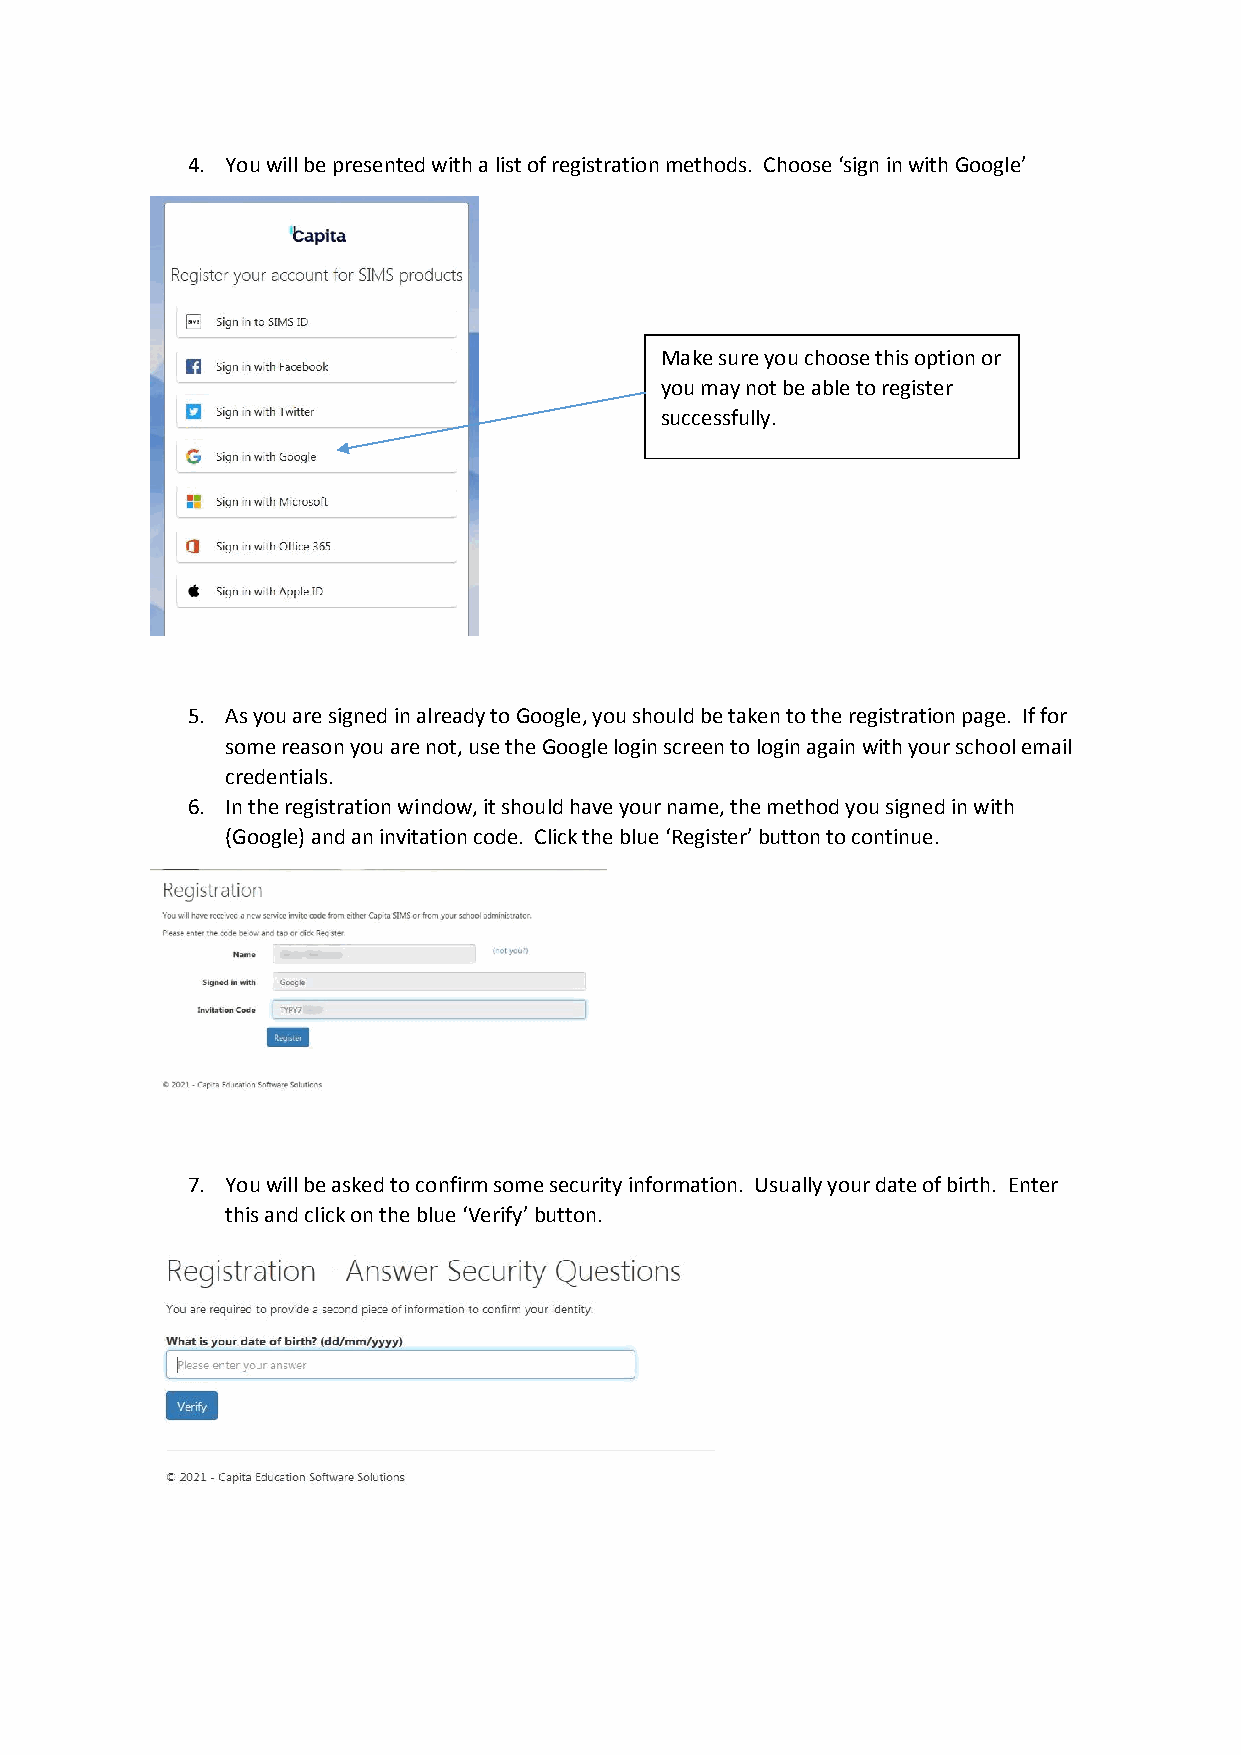
4. You will be presented with a list of registration methods. Choose ‘sign in with Google’
 Make sure you choose this option or
 you may not be able to register
 successfully.
 5. As you are signed in already to Google, you should be taken to the registration page. If for
 some reason you are not, use the Google login screen to login again with your school email
 credentials.
 6. In the registration window, it should have your name, the method you signed in with
 (Google) and an invitation code. Click the blue ‘Register’ button to continue.
 7. You will be asked to confirm some security information. Usually your date of birth. Enter
 this and click on the blue ‘Verify’ button.